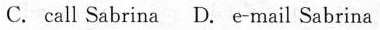
C.call Sabrina D. E-mail Sabrina